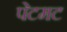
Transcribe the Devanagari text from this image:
पेटमट